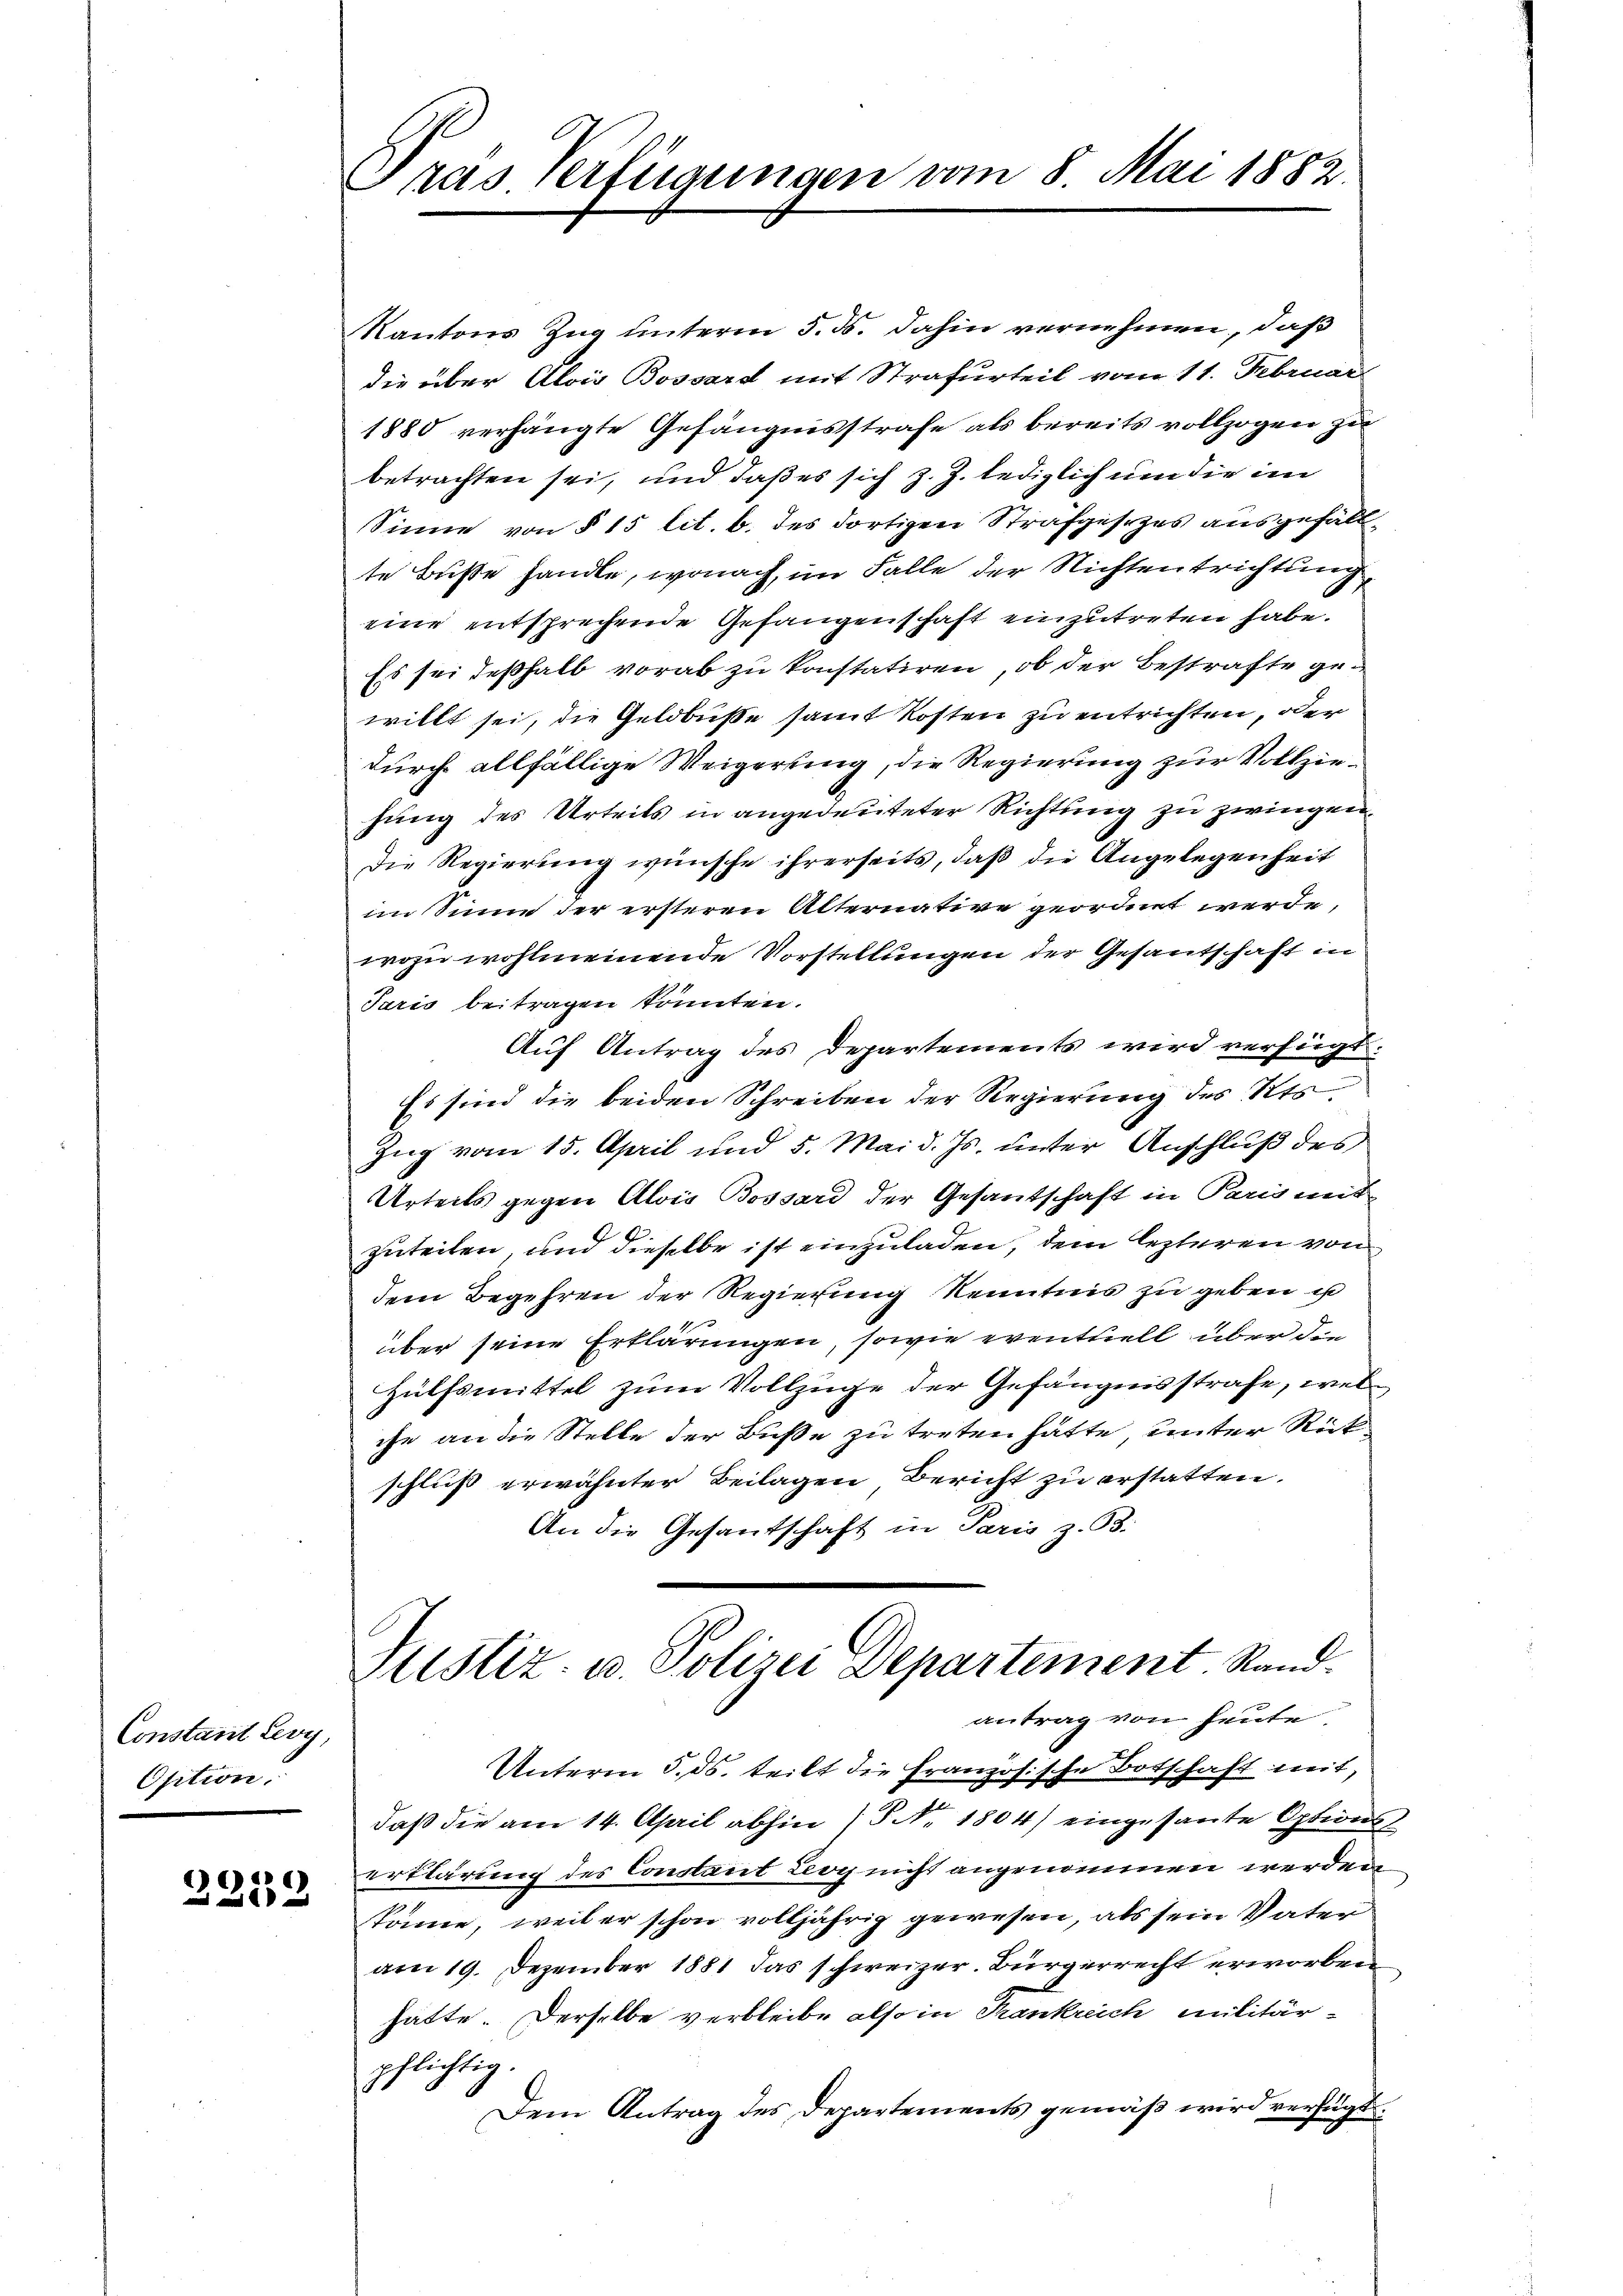
Constant Levy,
Osition.

2232

Gras verfügungen vom 8. Mai 1882

Kantons Zug unterm 5. ds. dahin vernehmen, daß
die über Alois Bossard mit Strafurteil vom 11. Februar
1880 verhängte Gefängnisstrafe als bereits vollzogen zu
betrachten sei, und daß es sich z. Z. lediglich um die im
Sinne von § 15 lit. b. des dortigen Strafgesezes ausgefällte Buße handle, wonach im Falle der Nichtentrichtung
eine entsprechende Gefangenschaft einzutreten habe.
Es sei deßhalb vorab zu konstatiren, ob der Bestrafte gewillt sei, die Geldbusse samt Kosten zu entrichten, oder
durch allfällige Weigerung, die Regierung zur Vollziehung des Urteils in angedeuteter Richtung zu zwingen,
Die Regierung wünsche ihrerseits, daß die Angelegenheit
im Sinn der ersteren Alternative geordnet werde.
wozu wohlmeinende Vorstellungen der Gesantschaft in
Paris beitragen könnten.
Auf Antrag des Departements wird verfügt:
Es sind die beiden Schreiben der Regierung des Kts
Zug vom 15. April und 5. Mai d. Js. unter Anschluß des
Urteils gegen Alois Bossard der Gesantschaft in Parigent-
zuteilen, und dieselbe ist einzuladen, dem lezteren von
dem Begehren der Regierung Kenntnis zu geben u
über seine Erklärungen, sowie eventuell über die
Hülfsmittel zum Vollzüge der Gefängnisstrafe, welche an die Stelle der Buße zu treten hätte, unter Rück
schluß erwähnter Beilagen Bericht zu erstatten.
An die Gesantschaft in Paris z. B.
Justiz- u. Polizei Departement. Stand.
antrag von heute
Unterm 5. ds. teilt die Französische Botschaft mit,
daß die am 14. April abhin (S. Nr. 1804) eingesante Optionserklärung des Constant Leoy nicht angenommen werden
könne, weil er schon volljährig gewesen, als sein Vater
am 19. Dezember 1881 das schweizer. Bürgerrecht erworben
hätte. Derselbe verbleibe also in Frankreich militär-
pflichtig.
Dem Antrag des Departements gemäß wird verfügt: